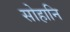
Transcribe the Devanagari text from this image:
सोहानि